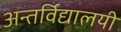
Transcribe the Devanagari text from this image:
अन्तर्विद्यालयी